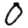
Digit: 0